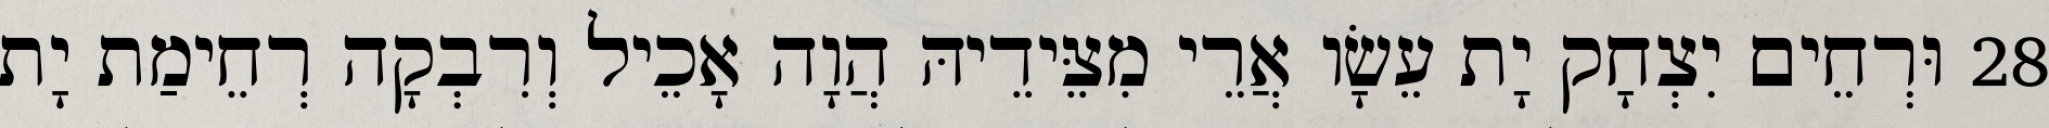
28 וּרְחֵים יִצְחָק יָת עֵשָׂו אֲרֵי מִצֵּידֵיהּ הֲוָה אָכֵיל וְרִבְקָה רְחֵימַת יָת